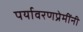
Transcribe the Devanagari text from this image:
पर्यावरणप्रेमींनी